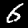
Label: 6